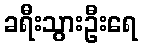
ခရီးသွားဦးရေ